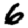
Digit: 6